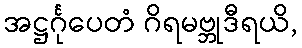
အဋ္ဌင်္ဂုပေတံ ဂိရမဗ္ဘုဒီရယိ,